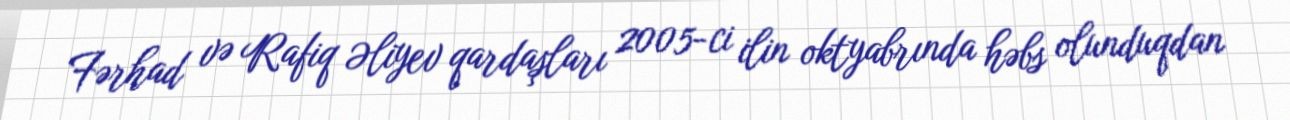
Fərhad və Rafiq Əliyev qardaşları 2005-ci ilin oktyabrında həbs olunduqdan